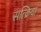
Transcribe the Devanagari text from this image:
सत्क्रिया